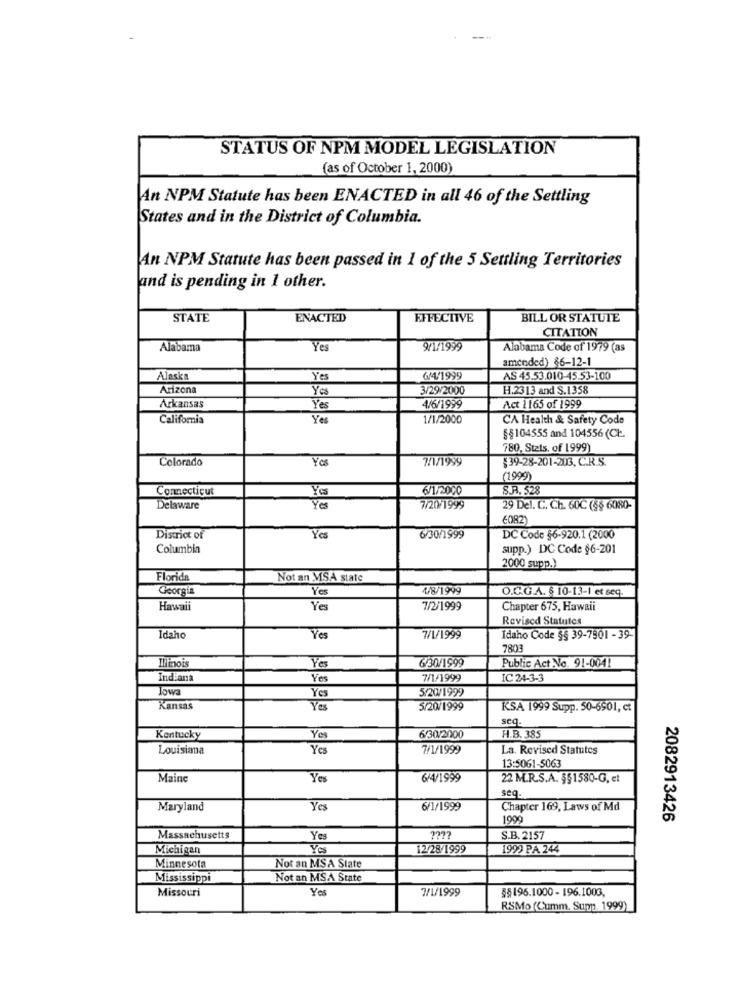
STATUS OF NPM MODEL LEGISLATION
(as of October 1, 2000)
An NPM Statute has been ENACTED in all 46 of the Settling
States and in the District of Columbia.
An NPM Statute has been passed in 1 of the 5 Settling Territories
and is pending in 1 other.
STATE
ENACTED
EFFECTIVE
BILL OR STATUTE
CITATION
Alabama
Yes
9/1/1999
Alabama Code of 1979 (as
amended) 86-12-1
Alaska
Yes
₡4/1999
AS 45.53.010-45.53-100
Arizona
Yes
3/29/2000
H.2313 and S.1358
Arkansas
Yes
4/6/1999
Act 1165 of 1999
California
Ye
1/1/2000
CA Health & Safety Code
§§ 104555 and 104556 (CŁ.
780, Stats, of 1999)
Colorado
Yos
7/1/1999
$39-28-201-203, CAR.S.
(1999)
Connecticut
6/1/2000
S.R. 528
Delaware
Yes
7/20/1999
29 Del. C. Ch. 60C (5$ 6080-
6082)
District of
Yes
6/30/1999
DC Code §6-920.1 (2000
Columbia
supp.) DC Code $6-201
2000 supp.)
Florida
Not an MSA state
Georgia
Yes
4/8/1999
O.C.G.A. $ 10-13-1 et seq.
Hawaii
Yes
7/2/1999
Chapter 675, Hawaii
Revised Statutes
Idaho
7/1/1999
Idaho Code §§ 39-7901 - 39-
7803
Yes
630/1999
Public Act No. 91-0041
Indiana
Yes
7/1/1999
IC 24-3-3
low
Yes
5/2 /1999
Kansas
Yes
5/20/1999
KSA 1999 Supp. 50-6501, ct
seq.
Kentucky
Yes
6/30/2000
H.B. 385
Louisiana
Yes
7/1/1999
La. Revised Statutes
13:5061-5063
Maine
Yes
6/4/1999
22 M.R.S.A. §§1580-G, et
seq.
Maryland
Yes
6/1/1999
Chapter 169, Laws of Md
1900
2082913426
Massachusetts
Yes
S.B. 2157
Michigan
Yes
12/28/1999
1999 PA 244
Minnesota
Not an MSA State
Mississippi
Not an MSA State
Missouri
Yes
7/1/1999
$$196.1000 - 196.1003.
RSMo (Cumm. Supp. 1999)